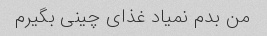
من بدم نمیاد غذای چینی بگیرم